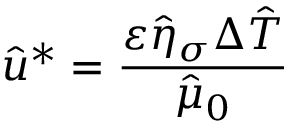
\hat { u } ^ { * } = \frac { \varepsilon \hat { \eta } _ { \sigma } \Delta \hat { T } } { \hat { \mu } _ { 0 } }